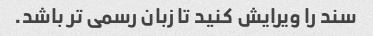
سند را ویرایش کنید تا زبان رسمی تر باشد.